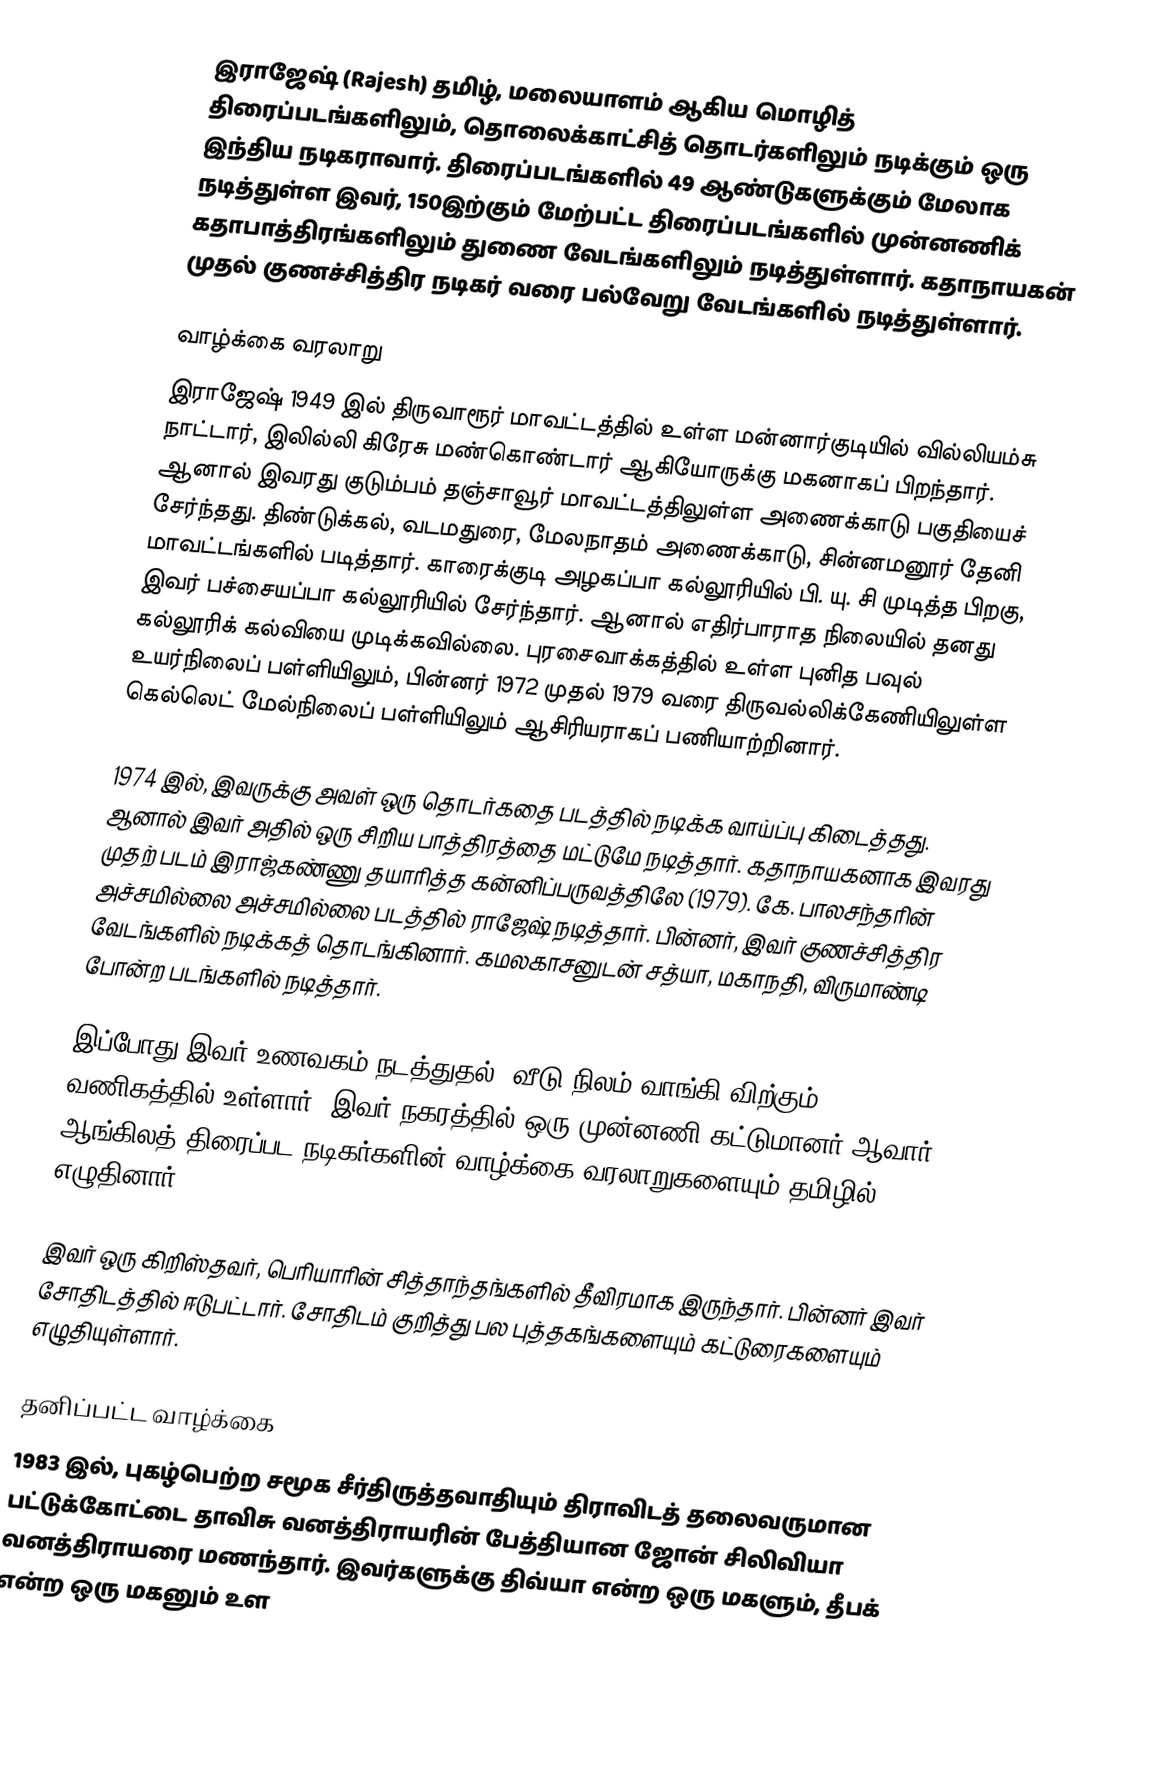
இராஜேஷ் (Rajesh) தமிழ், மலையாளம் ஆகிய மொழித் திரைப்படங்களிலும், தொலைக்காட்சித் தொடர்களிலும் நடிக்கும் ஒரு இந்திய நடிகராவார். திரைப்படங்களில் 49 ஆண்டுகளுக்கும் மேலாக நடித்துள்ள இவர், 150இற்கும் மேற்பட்ட திரைப்படங்களில் முன்னணிக் கதாபாத்திரங்களிலும் துணை வேடங்களிலும் நடித்துள்ளார். கதாநாயகன் முதல் குணச்சித்திர நடிகர் வரை பல்வேறு வேடங்களில் நடித்துள்ளார்.

வாழ்க்கை வரலாறு
இராஜேஷ் 1949 இல் திருவாரூர் மாவட்டத்தில் உள்ள மன்னார்குடியில் வில்லியம்சு நாட்டார், இலில்லி கிரேசு மண்கொண்டார் ஆகியோருக்கு மகனாகப் பிறந்தார். ஆனால் இவரது குடும்பம் தஞ்சாவூர் மாவட்டத்திலுள்ள அணைக்காடு பகுதியைச் சேர்ந்தது. திண்டுக்கல், வடமதுரை, மேலநாதம் அணைக்காடு, சின்னமனூர் தேனி மாவட்டங்களில் படித்தார். காரைக்குடி அழகப்பா கல்லூரியில் பி. யு. சி முடித்த பிறகு, இவர் பச்சையப்பா கல்லூரியில் சேர்ந்தார். ஆனால் எதிர்பாராத நிலையில் தனது கல்லூரிக் கல்வியை முடிக்கவில்லை. புரசைவாக்கத்தில் உள்ள புனித பவுல் உயர்நிலைப் பள்ளியிலும், பின்னர் 1972 முதல் 1979 வரை திருவல்லிக்கேணியிலுள்ள கெல்லெட் மேல்நிலைப் பள்ளியிலும் ஆசிரியராகப் பணியாற்றினார்.

1974 இல், இவருக்கு அவள் ஒரு தொடர்கதை படத்தில் நடிக்க வாய்ப்பு கிடைத்தது. ஆனால் இவர் அதில் ஒரு சிறிய பாத்திரத்தை மட்டுமே நடித்தார். கதாநாயகனாக இவரது முதற் படம் இராஜ்கண்ணு தயாரித்த கன்னிப்பருவத்திலே (1979). கே. பாலசந்தரின் அச்சமில்லை அச்சமில்லை படத்தில் ராஜேஷ் நடித்தார். பின்னர், இவர் குணச்சித்திர வேடங்களில் நடிக்கத் தொடங்கினார். கமலகாசனுடன் சத்யா, மகாநதி, விருமாண்டி போன்ற படங்களில் நடித்தார்.

இப்போது இவர் உணவகம் நடத்துதல், வீடு நிலம் வாங்கி விற்கும் வணிகத்தில் உள்ளார்.  இவர் நகரத்தில் ஒரு முன்னணி கட்டுமானர் ஆவார். ஆங்கிலத் திரைப்பட நடிகர்களின் வாழ்க்கை வரலாறுகளையும் தமிழில் எழுதினார்.

இவர் ஒரு கிறிஸ்தவர், பெரியாரின் சித்தாந்தங்களில் தீவிரமாக இருந்தார். பின்னர் இவர் சோதிடத்தில் ஈடுபட்டார். சோதிடம் குறித்து பல புத்தகங்களையும் கட்டுரைகளையும் எழுதியுள்ளார்.

தனிப்பட்ட வாழ்க்கை
1983 இல், புகழ்பெற்ற சமூக சீர்திருத்தவாதியும் திராவிடத் தலைவருமான பட்டுக்கோட்டை தாவிசு வனத்திராயரின் பேத்தியான ஜோன் சிலிவியா வனத்திராயரை மணந்தார். இவர்களுக்கு திவ்யா என்ற ஒரு மகளும், தீபக் என்ற ஒரு மகனும் உள